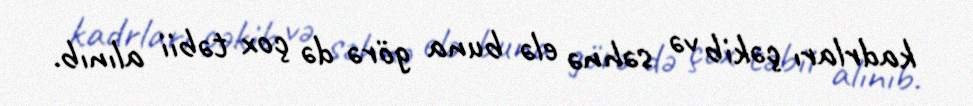
kadrları çəkib və səhnə elə buna görə də çox təbii alınıb.